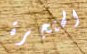
الحنجرة